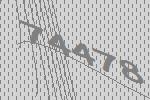
74478